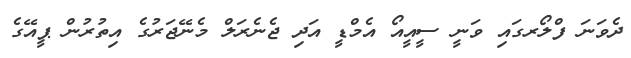
ދެވަނަ ފްލޯރގައި ވަނީ ސީއީއޯ އެމްޑީ އަދި ޖެނެރަލް މެނޭޖަރުގެ އިތުރުން ޕީއޭގެ